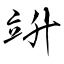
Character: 竔